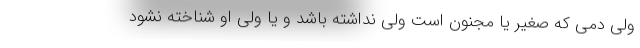
ولی دمی که صغیر یا مجنون است ولی نداشته باشد و یا ولی او شناخته نشود